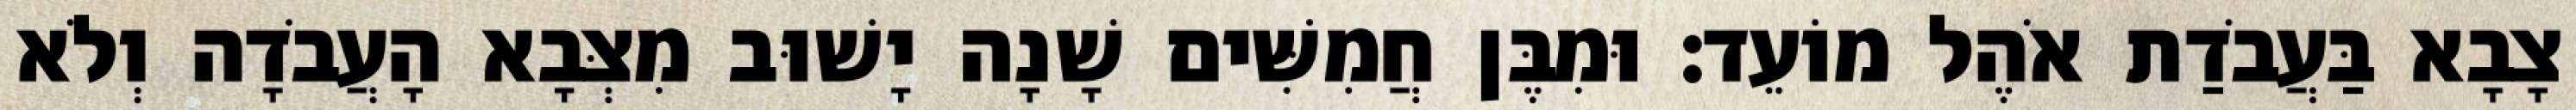
צָבָא בַּעֲבֹדַת אֹהֶל מוֹעֵד׃ וּמִבֶּן חֲמִשִּׁים שָׁנָה יָשׁוּב מִצְּבָא הָעֲבֹדָה וְלֹא